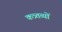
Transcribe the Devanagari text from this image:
कत्र्तव्यों